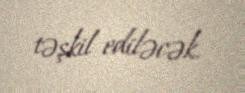
təşkil ediləcək.